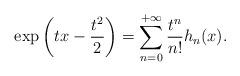
LaTeX: \begin{align*}\exp\left(tx-\frac{t^2}{2}\right)=\sum_{n=0}^{+\infty}\frac{t^n}{n!}h_n(x).\end{align*}